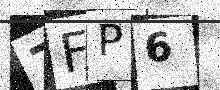
Text: 7FP6